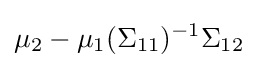
\mu _{2}-\mu _{1}(\Sigma _{11})^{-1}\Sigma _{12}